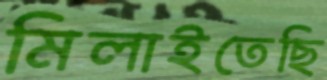
মিলাইতেছি